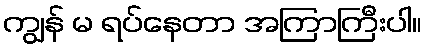
ကျွန် မ ရပ်နေတာ အကြာကြီးပါ။